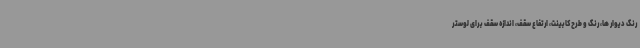
رنگ دیوار ها، رنگ و طرح کابینت، ارتفاع سقف، اندازه سقف برای لوستر